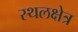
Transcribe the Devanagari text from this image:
स्थलक्षेत्र